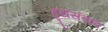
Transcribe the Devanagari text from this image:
हृद्यसंवाद